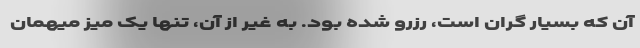
آن که بسیار گران است، رزرو شده بود. به غیر از آن، تنها یک میز میهمان